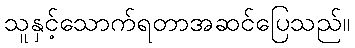
သူနှင့်သောက်ရတာအဆင်ပြေသည်။